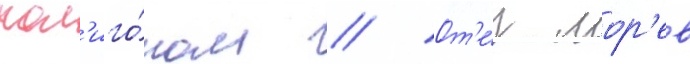
пол'иго́ном // От'е́ц мор'ев